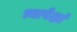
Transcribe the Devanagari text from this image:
त्यापेक्षां